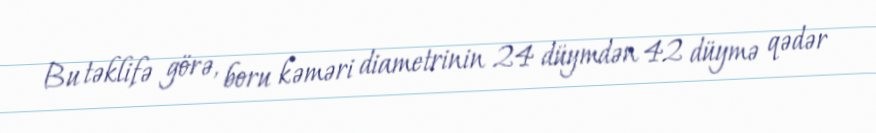
Bu təklifə görə, boru kəməri diametrinin 24 düymdən 42 düymə qədər